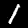
Label: 1